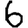
Digit: 6